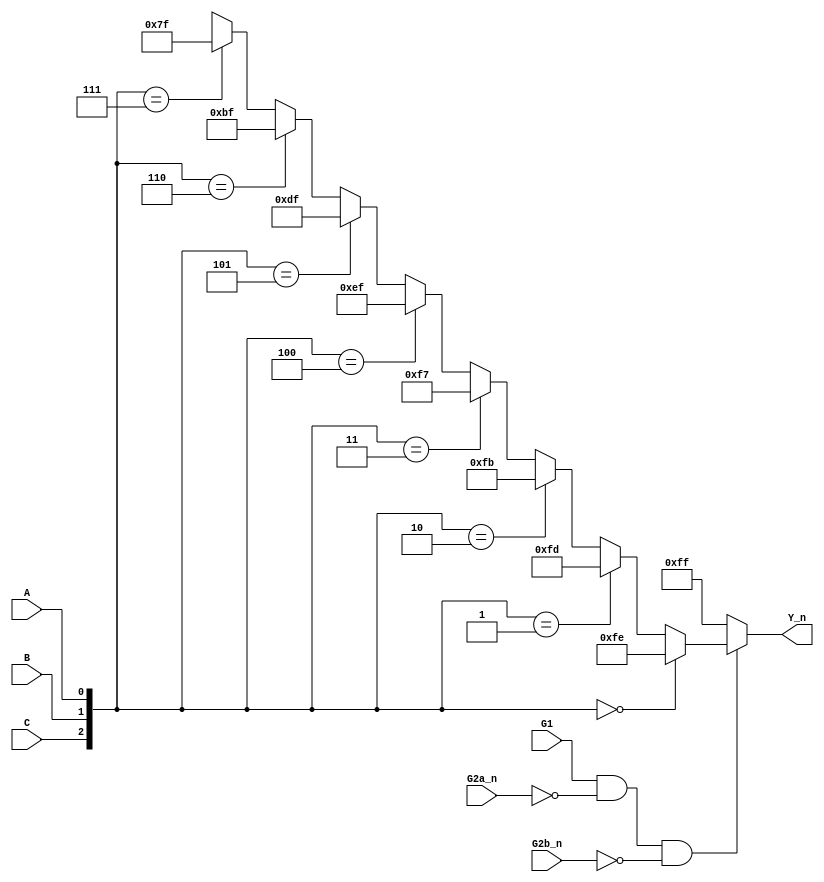
////////////////////////////////////////////////////////////////////////////////////////////////////
// Version:     1
// Description: This file contains a behavioral model for the 74138 3-to-8 decoder IC chip.
//              Specifically, it uses continuous assignment and dataflow operators.
//              We are using it to continue practicing with the Modelsim environment, AND
//              as a counterpoint to the method of structural modeling.

module sn74138_continuous(G1, G2a_n, G2b_n, C, B, A, Y_n);
   input        G1, G2a_n, G2b_n;	// Enable inputs: G1 is active-high, G2a and G2b are active-low.
   input        C, B, A;           	// Decoder inputs: C is the MSB. A is the LSB.
   output [7:0] Y_n;               	// Decoder outputs Y_n[7] to Y_n[0]. The outputs are active low.

   // Intermediate signals, declared as wires.
   wire   [7:0] dec_out;		// An intermediate decoder output   

   // Use the value of ins to assign the appropriate value to dec_out.
   // The value of ins should always be specified, so the unknown value should never be assigned.

   assign dec_out = ({C, B, A} == 3'b000) ? 8'b11111110 : 
                    ({C, B, A} == 3'b001) ? 8'b11111101 :
                    ({C, B, A} == 3'b010) ? 8'b11111011 :
                    ({C, B, A} == 3'b011) ? 8'b11110111 :
                    ({C, B, A} == 3'b100) ? 8'b11101111 :
                    ({C, B, A} == 3'b101) ? 8'b11011111 :
                    ({C, B, A} == 3'b110) ? 8'b10111111 :
                    ({C, B, A} == 3'b111) ? 8'b01111111 : 8'bx;

   assign Y_n = (G1 & ~G2a_n & ~G2b_n) ? dec_out : 8'b11111111;

endmodule